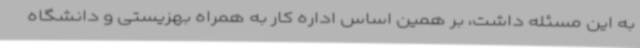
به این مسئله داشت، بر همین اساس اداره ‌کار به همراه بهزیستی و دانشگاه‌